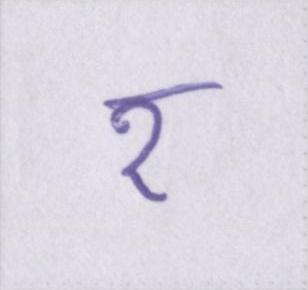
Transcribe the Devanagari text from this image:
र